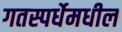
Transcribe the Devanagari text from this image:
गतस्पर्धेमधील